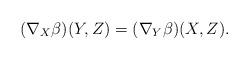
LaTeX: \begin{align*} (\nabla_X\beta)(Y,Z)=(\nabla_Y\beta)(X,Z).\end{align*}